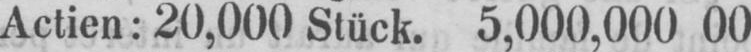
Actien: 20,000 Stück. 5,000,000 00